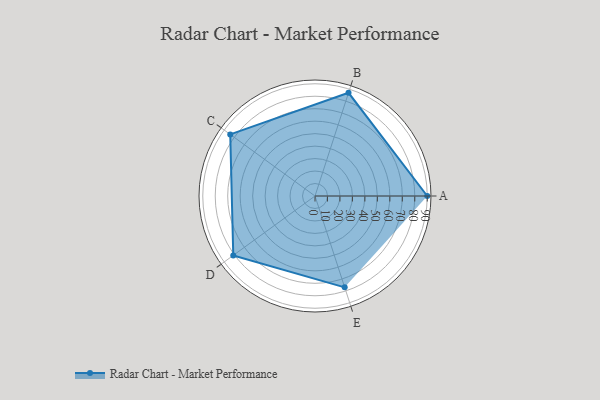
{"axis": {"x": "Skill", "y": "Score"}, "legend": ["Profile"], "data": [{"x": "A", "y": 90.0, "type": "Profile"}, {"x": "B", "y": 87.0, "type": "Profile"}, {"x": "C", "y": 84.0, "type": "Profile"}, {"x": "D", "y": 81.0, "type": "Profile"}, {"x": "E", "y": 77.0, "type": "Profile"}]}